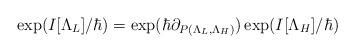
LaTeX: \begin{align*} \exp(I[\Lambda_L]/\hbar) = \exp(\hbar \partial_{P(\Lambda_L, \Lambda_H)})\exp(I[\Lambda_H]/\hbar)\end{align*}